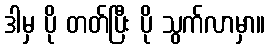
ဒါမှ ပို တတ်ပြီး ပို သွက်လာမှာ။